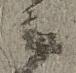
候